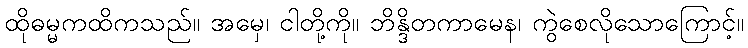
ထိုဓမ္မကထိကသည်။ အမှေ၊ ငါတို့ကို။ ဘိန္ဒိတကာမေန၊ ကွဲစေလိုသောကြောင့်။